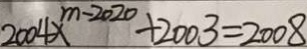
2 0 0 4 x ^ { m - 2 0 2 0 } + 2 0 0 3 = 2 0 0 8